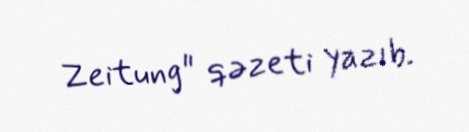
Zeitung" qəzeti yazıb.